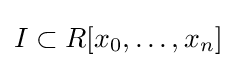
I\subset R[x_{0},\ldots ,x_{n}]